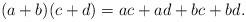
LaTeX: \begin{align*}(a+b)(c+d)=ac+ad+bc+bd. \end{align*}